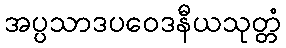
အပ္ပသာဒပဝေဒနီယသုတ္တံ